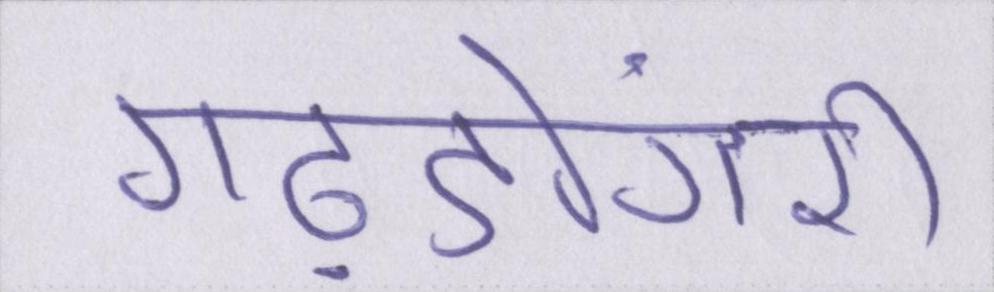
गढ़डोंगरी